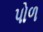
પોળ